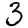
Digit: 3